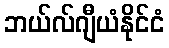
ဘယ်လ်ဂျီယံနိုင်ငံ